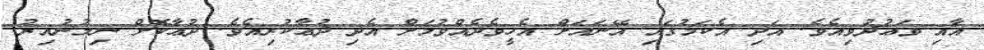
އާއި ވަޢުދުވިއެވެ. އަދި އެކަމުގައި އޭނައަށް އެހީވެދެއްވުމަށް އެދި ދުޢާކުރިއެވެ. ދުޢާކޮށް ނިމުނުއިރު